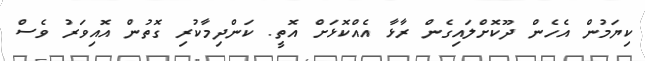
ކިޔަމުން އެހެން ދޫކޮށްލައިގެން ރާޅާ އެއްކޮޅަށް އޮތީ. ކަންދިމާކުރި ގޮތުން އޮއިވަރު ވެސް